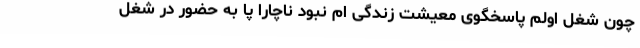
چون شغل اولم پاسخگوی معیشت زندگی ام نبود ناچارا پا به حضور در شغل